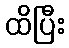
ထိပြီး